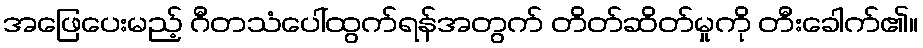
အဖြေပေးမည့် ဂီတသံပေါ်ထွက်ရန်အတွက် တိတ်ဆိတ်မှုကို တီးခေါက်၏။